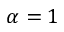
\alpha = 1